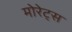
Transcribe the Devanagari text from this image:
मोरेट्स